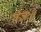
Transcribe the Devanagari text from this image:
तेजः॥